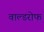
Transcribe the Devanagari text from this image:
वाल्डरोफ